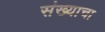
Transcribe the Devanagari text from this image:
संख्याचा